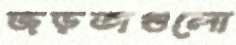
জড়তাগুলো